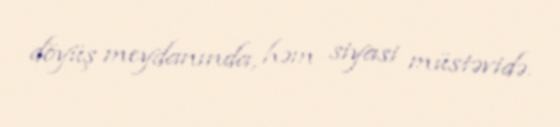
döyüş meydanında, həm siyasi müstəvidə.